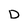
Character: D